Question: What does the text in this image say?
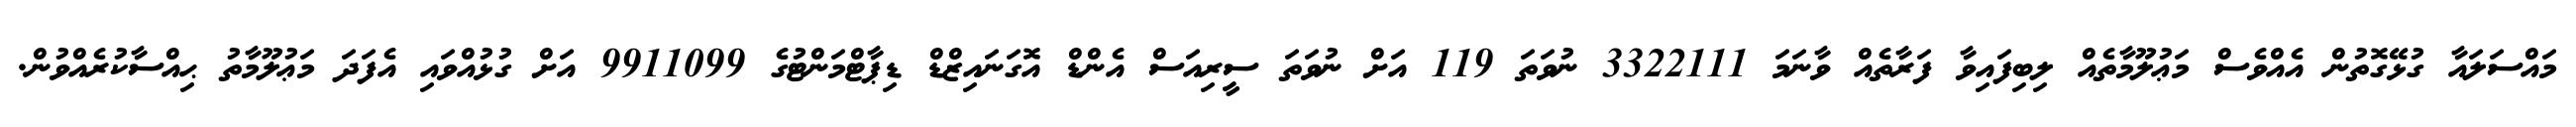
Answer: މައްސަލައާ ގުޅޭގޮތުން އެއްވެސް މަޢުލޫމާތެއް ލިބިފައިވާ ފަރާތެއް ވާނަމަ 3322111 ނުވަތަ 119 އަށް ނުވަތަ ސީރިއަސް އެންޑް އޮގަނައިޒްޑް ޑިޕާޓްމަންޓުގެ 9911099 އަށް ގުޅުއްވައި އެފަދަ މަޢުލޫމާތު ޙިއްސާކުރެއްވުން.